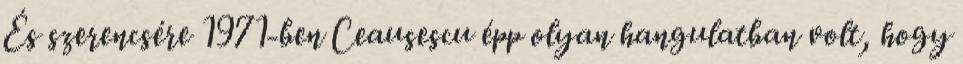
És szerencsére 1971-ben Ceausescu épp olyan hangulatban volt, hogy